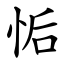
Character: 㤧